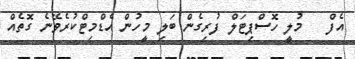
އެފް   މުލީ ހޮސްޕިޓަލް ފުރިގެން ބަލި މީހުން އެޑްމިޓްކުރެވޭނެ ގޮތެއް